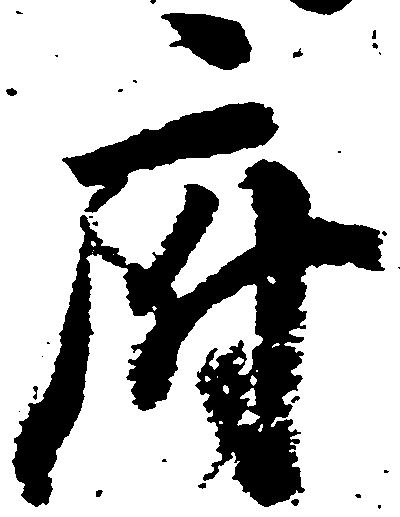
府